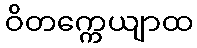
ဝိတက္ကေယျာထ